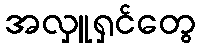
အလှူရှင်တွေ